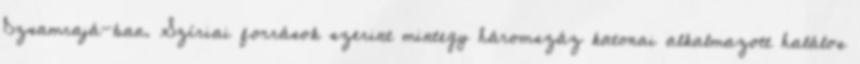
Dzsamrajá-ban. Szíriai források szerint mintegy háromszáz katonai alkalmazott halálos